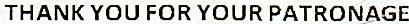
THANK YOU FOR YOUR PATRONAGE